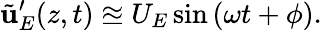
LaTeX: \tilde{\mathbf{u}}_{E}^{\prime}(z,t)\approxeq U_{E}\sin{(\omega t+\phi)}.